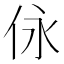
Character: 𠇟